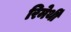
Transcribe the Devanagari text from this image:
रिमेर्थी